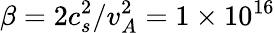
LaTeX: \beta=2c_{s}^{2}/v_{A}^{2}=1\times 10^{16}